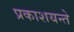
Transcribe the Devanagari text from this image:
प्रकाशयन्ते